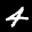
Label: 4